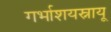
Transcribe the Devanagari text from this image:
गर्भाशयस्नायू